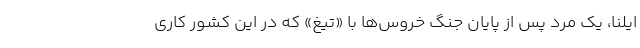
ایلنا، یک مرد پس از پایان جنگ خروس‌ها با «تیغ» که در این کشور کاری